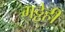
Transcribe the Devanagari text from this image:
गठ्ठेही